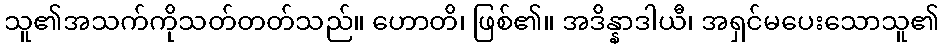
သူ၏အသက်ကိုသတ်တတ်သည်။ ဟောတိ၊ ဖြစ်၏။ အဒိန္နာဒါယီ၊ အရှင်မပေးသောသူ၏